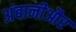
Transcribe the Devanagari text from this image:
अंबानीऔर